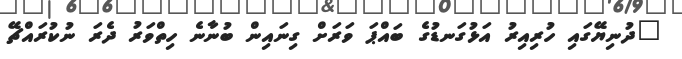
"ދުނިޔޭގައި ހުރިއިރު އަޅުގަނޑުގެ ބައްޕަ ވަރަށް ގިނައިން ބުނާނެ ހިތްވަރު ދެރަ ނުކުރައްޗޭ